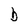
Character: b